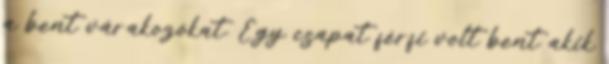
a bent várakozókat. Egy csapat férfi volt bent akik